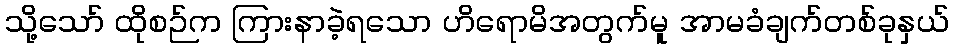
သို့သော် ထိုစဉ်က ကြားနာခဲ့ရသော ဟိရောမိအတွက်မူ အာမခံချက်တစ်ခုနှယ်